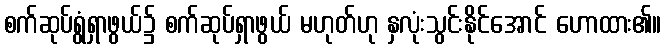
စက်ဆုပ်ရွံရှာဖွယ်၌ စက်ဆုပ်ရှာဖွယ် မဟုတ်ဟု နှလုံးသွင်းနိုင်အောင် ဟောထား၏။